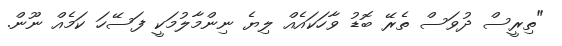
"ތިރީސް ދުވަސް ތެރޭ ބޮޑު ވާހަކައެއް ލިޔެ ނިންމާލުމަކީ ފަސޭހަ ކަމެއް ނޫން.